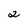
Character: 2